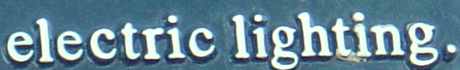
electric lighting